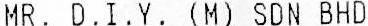
MR. D.I.Y. (M) SDN BHD